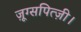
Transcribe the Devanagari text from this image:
ज़ूग्सपित्ज़ी।